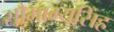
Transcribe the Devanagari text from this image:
सौभाग्यसिंह